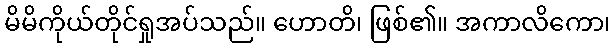
မိမိကိုယ်တိုင်ရှုအပ်သည်။ ဟောတိ၊ ဖြစ်၏။ အကာလိကော၊